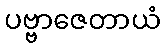
ပဗ္ဗာဇေတာယံ